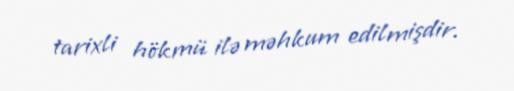
tarixli hökmü ilə məhkum edilmişdir.